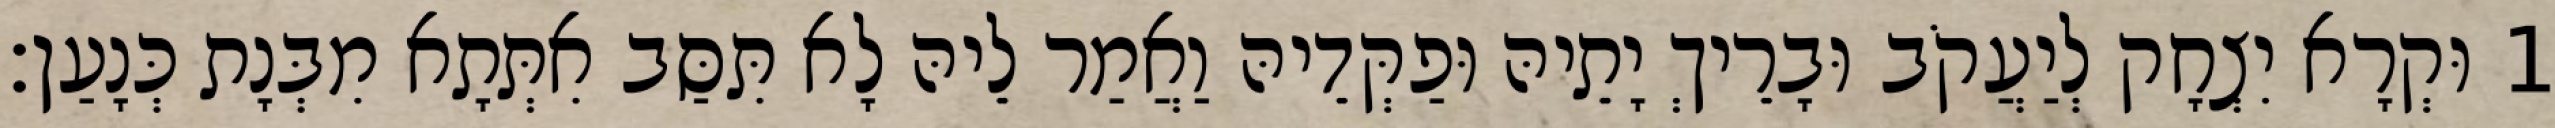
1 וּקְרָא יִצְחָק לְיַעֲקֹב וּבָרֵיךְ יָתֵיהּ וּפַקְּדֵיהּ וַאֲמַר לֵיהּ לָא תִּסַּב אִתְּתָא מִבְּנָת כְּנָעַן׃